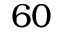
6 0